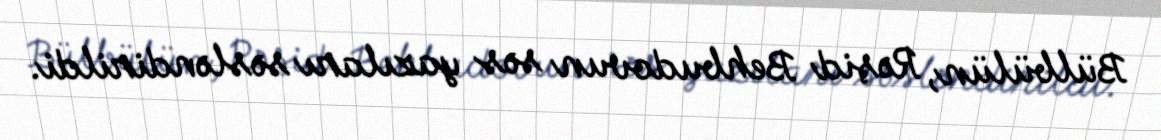
Bülbülün, Rəşid Behbudovun səs yazıları səsləndirildi.